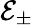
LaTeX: \mathcal{E}_{\pm}